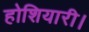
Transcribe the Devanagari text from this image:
होशियारी।